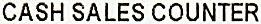
CASH SALES COUNTER